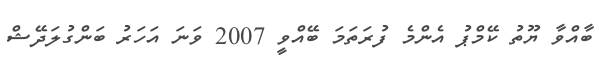
ބާއްވާ ޔޫތު ކޭމްޕު އެންމެ ފުރަތަމަ ބޭއްވީ 2007 ވަނަ އަހަރު ބަންގުލަދޭޝް